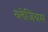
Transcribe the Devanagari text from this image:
ब्लेजियम